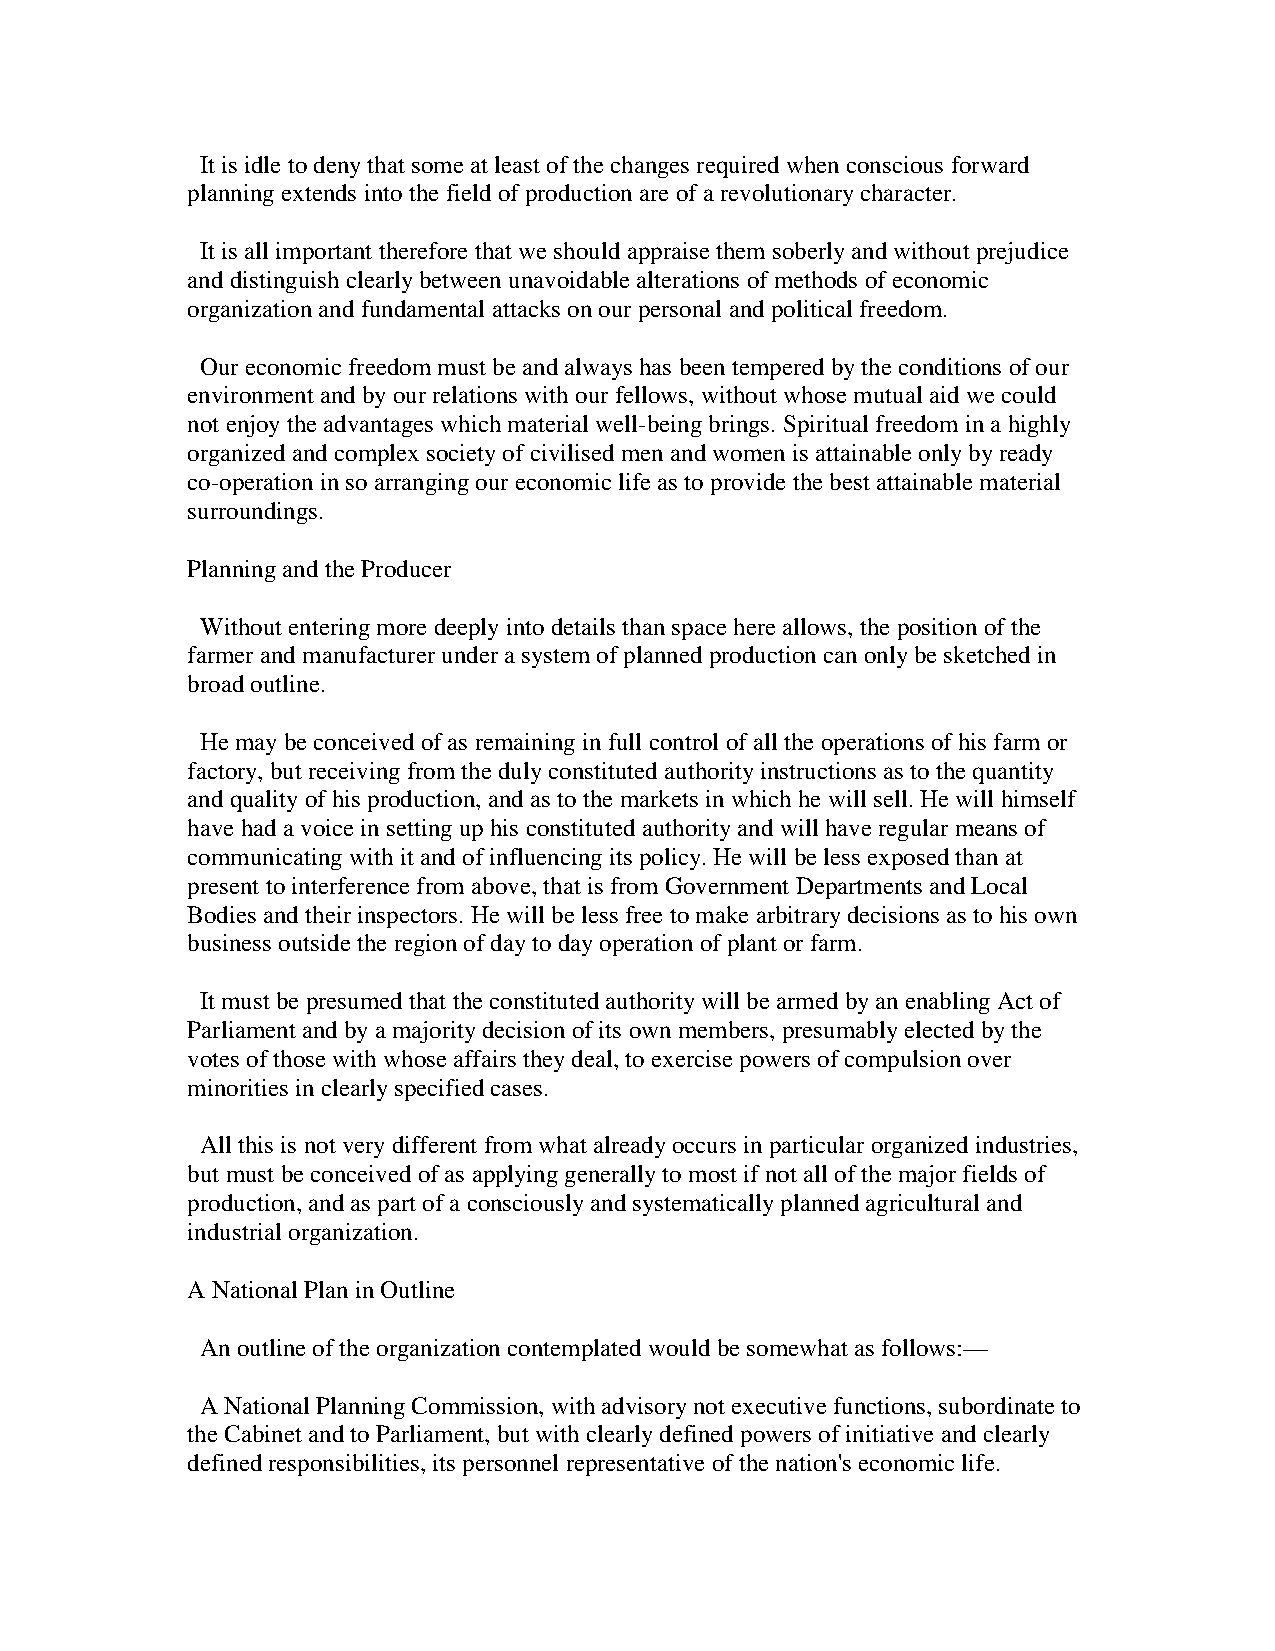
It is idle to deny that some at least of the changes required when conscious forward
 planning extends into the field of production are of a revolutionary character.
 It is all important therefore that we should appraise them soberly and without prejudice
 and distinguish clearly between unavoidable alterations of methods of economic
 organization and fundamental attacks on our personal and political freedom.
 Our economic freedom must be and always has been tempered by the conditions of our
 environment and by our relations with our fellows, without whose mutual aid we could
 not enjoy the advantages which material well-being brings. Spiritual freedom in a highly
 organized and complex society of civilised men and women is attainable only by ready
 co-operation in so arranging our economic life as to provide the best attainable material
 surroundings.
 Planning and the Producer
 Without entering more deeply into details than space here allows, the position of the
 farmer and manufacturer under a system of planned production can only be sketched in
 broad outline.
 He may be conceived of as remaining in full control of all the operations of his farm or
 factory, but receiving from the duly constituted authority instructions as to the quantity
 and quality of his production, and as to the markets in which he will sell. He will himself
 have had a voice in setting up his constituted authority and will have regular means of
 communicating with it and of influencing its policy. He will be less exposed than at
 present to interference from above, that is from Government Departments and Local
 Bodies and their inspectors. He will be less free to make arbitrary decisions as to his own
 business outside the region of day to day operation of plant or farm.
 It must be presumed that the constituted authority will be armed by an enabling Act of
 Parliament and by a majority decision of its own members, presumably elected by the
 votes of those with whose affairs they deal, to exercise powers of compulsion over
 minorities in clearly specified cases.
 All this is not very different from what already occurs in particular organized industries,
 but must be conceived of as applying generally to most if not all of the major fields of
 production, and as part of a consciously and systematically planned agricultural and
 industrial organization.
 A National Plan in Outline
 An outline of the organization contemplated would be somewhat as follows:—
 A National Planning Commission, with advisory not executive functions, subordinate to
 the Cabinet and to Parliament, but with clearly defined powers of initiative and clearly
 defined responsibilities, its personnel representative of the nation's economic life.